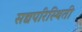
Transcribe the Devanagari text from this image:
सद्यपरिस्थिती